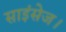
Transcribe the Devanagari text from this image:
साइंसेज।